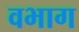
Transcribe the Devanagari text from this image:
वभाग